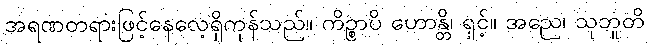
အရဏတရားဖြင့်နေလေ့ရှိကုန်သည်။ ကိဉ္စာပိ ဟောန္တိ၊ ရှင့်။ အညေ၊ သုဘူတိ